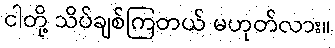
ငါတို့ သိပ်ချစ်ကြတယ် မဟုတ်လား။